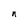
Character: n